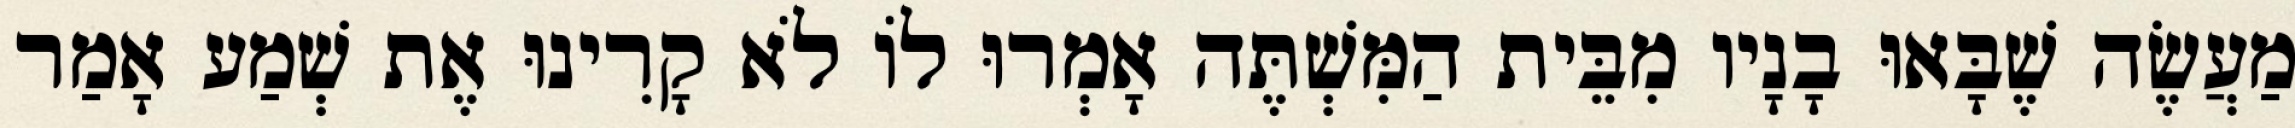
מַעֲשֶׂה שֶׁבָּאוּ בָנָיו מִבֵּית הַמִּשְׁתֶּה אָמְרוּ לוֹ לֹא קָרִינוּ אֶת שְׁמַע אָמַר